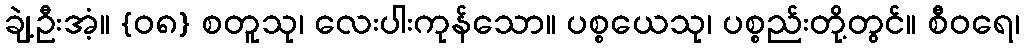
ချဲ့ဦးအံ့။ {၀၈} စတူသု၊ လေးပါးကုန်သော။ ပစ္စယေသု၊ ပစ္စည်းတို့တွင်။ စီဝရေ၊